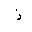
Letter: _thal